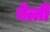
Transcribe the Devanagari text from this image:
बेत्ती